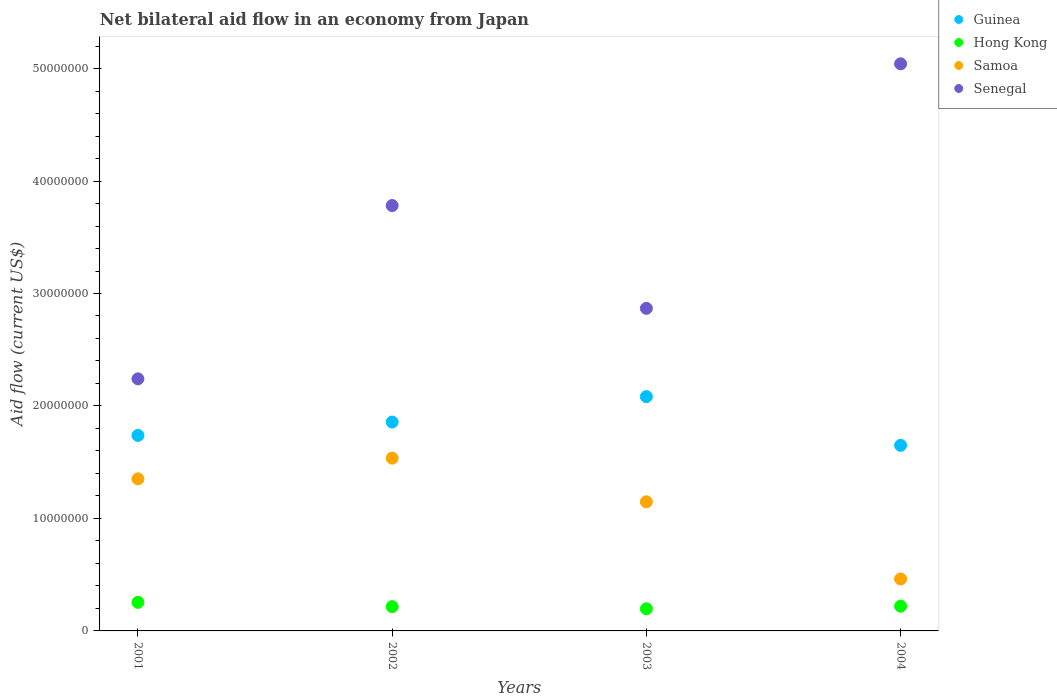
| Years | Guinea | Hong Kong | Samoa | Senegal |
 | --- | --- | --- | --- | --- |
 | 2001 | 1.74e+07 | 2.54e+06 | 1.35e+07 | 2.24e+07 |
 | 2002 | 1.86e+07 | 2.16e+06 | 1.54e+07 | 3.78e+07 |
 | 2003 | 2.08e+07 | 1.97e+06 | 1.15e+07 | 2.87e+07 |
 | 2004 | 1.65e+07 | 2.2e+06 | 4.62e+06 | 5.04e+07 |